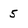
Character: 5